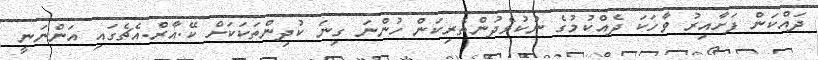
ދައްކަން ފަށާއިރު ވާހަކަ ދެއްކުމުގެ ނުކުޅެދުންތެރިކަން ހުންނަ ގިނަ ކުދިންތަކަކަށް ކޭ.އާރް.އެޗެގައި އަންނަނީ